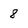
Character: 8